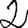
Digit: 2